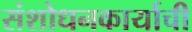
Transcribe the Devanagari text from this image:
संशोधनकार्याची